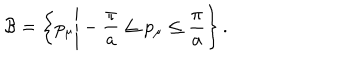
LaTeX: { \cal B } = \biggl \{ p _ { \mu } \Bigg | - { \displaystyle \frac { \pi } { a } } \le p _ { \mu } \le { \displaystyle \frac { \pi } { a } } \biggr \} \, .